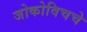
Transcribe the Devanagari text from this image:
जोकोविचचे